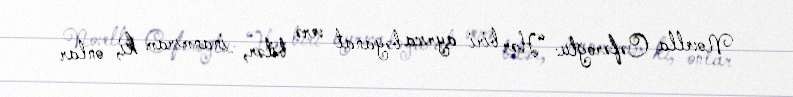
Novella Cəfəroğlu: “Hər biri ayrıca bəyanat verə bilər, inanmıram ki, onlar